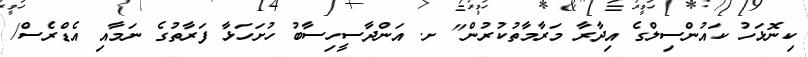
ކިނޮޅަހު ކައުންސިލްގެ އިދާރާ މަރާމާތުކުރުން" ށ. އަންދާސީހިސާބު ހުށަހަޅާ ފަރާތުގެ ނަމާއި އެޑްރެސް/